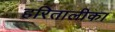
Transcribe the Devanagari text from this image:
हरितालीका